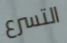
التسرع